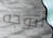
أتوجه